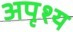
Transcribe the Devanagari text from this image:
अपृश्‍य